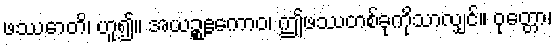
ဖဿောတိ၊ ဟူ၍။ အယဉ္စဧကောဝ၊ ဤဖဿတစ်ခုကိုသာလျှင်။ ဝုတ္တော၊